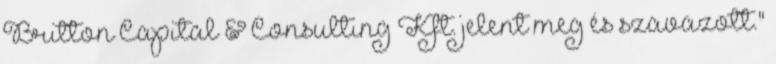
Britton Capital & Consulting Kft. jelent meg és szavazott."